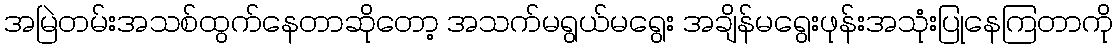
အမြဲတမ်းအသစ်ထွက်နေတာဆိုတော့ အသက်မရွယ်မရွေး အချိန်မရွေးဖုန်းအသုံးပြုနေကြတာကို